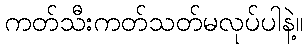
ကတ်သီးကတ်သတ်မလုပ်ပါနဲ့။